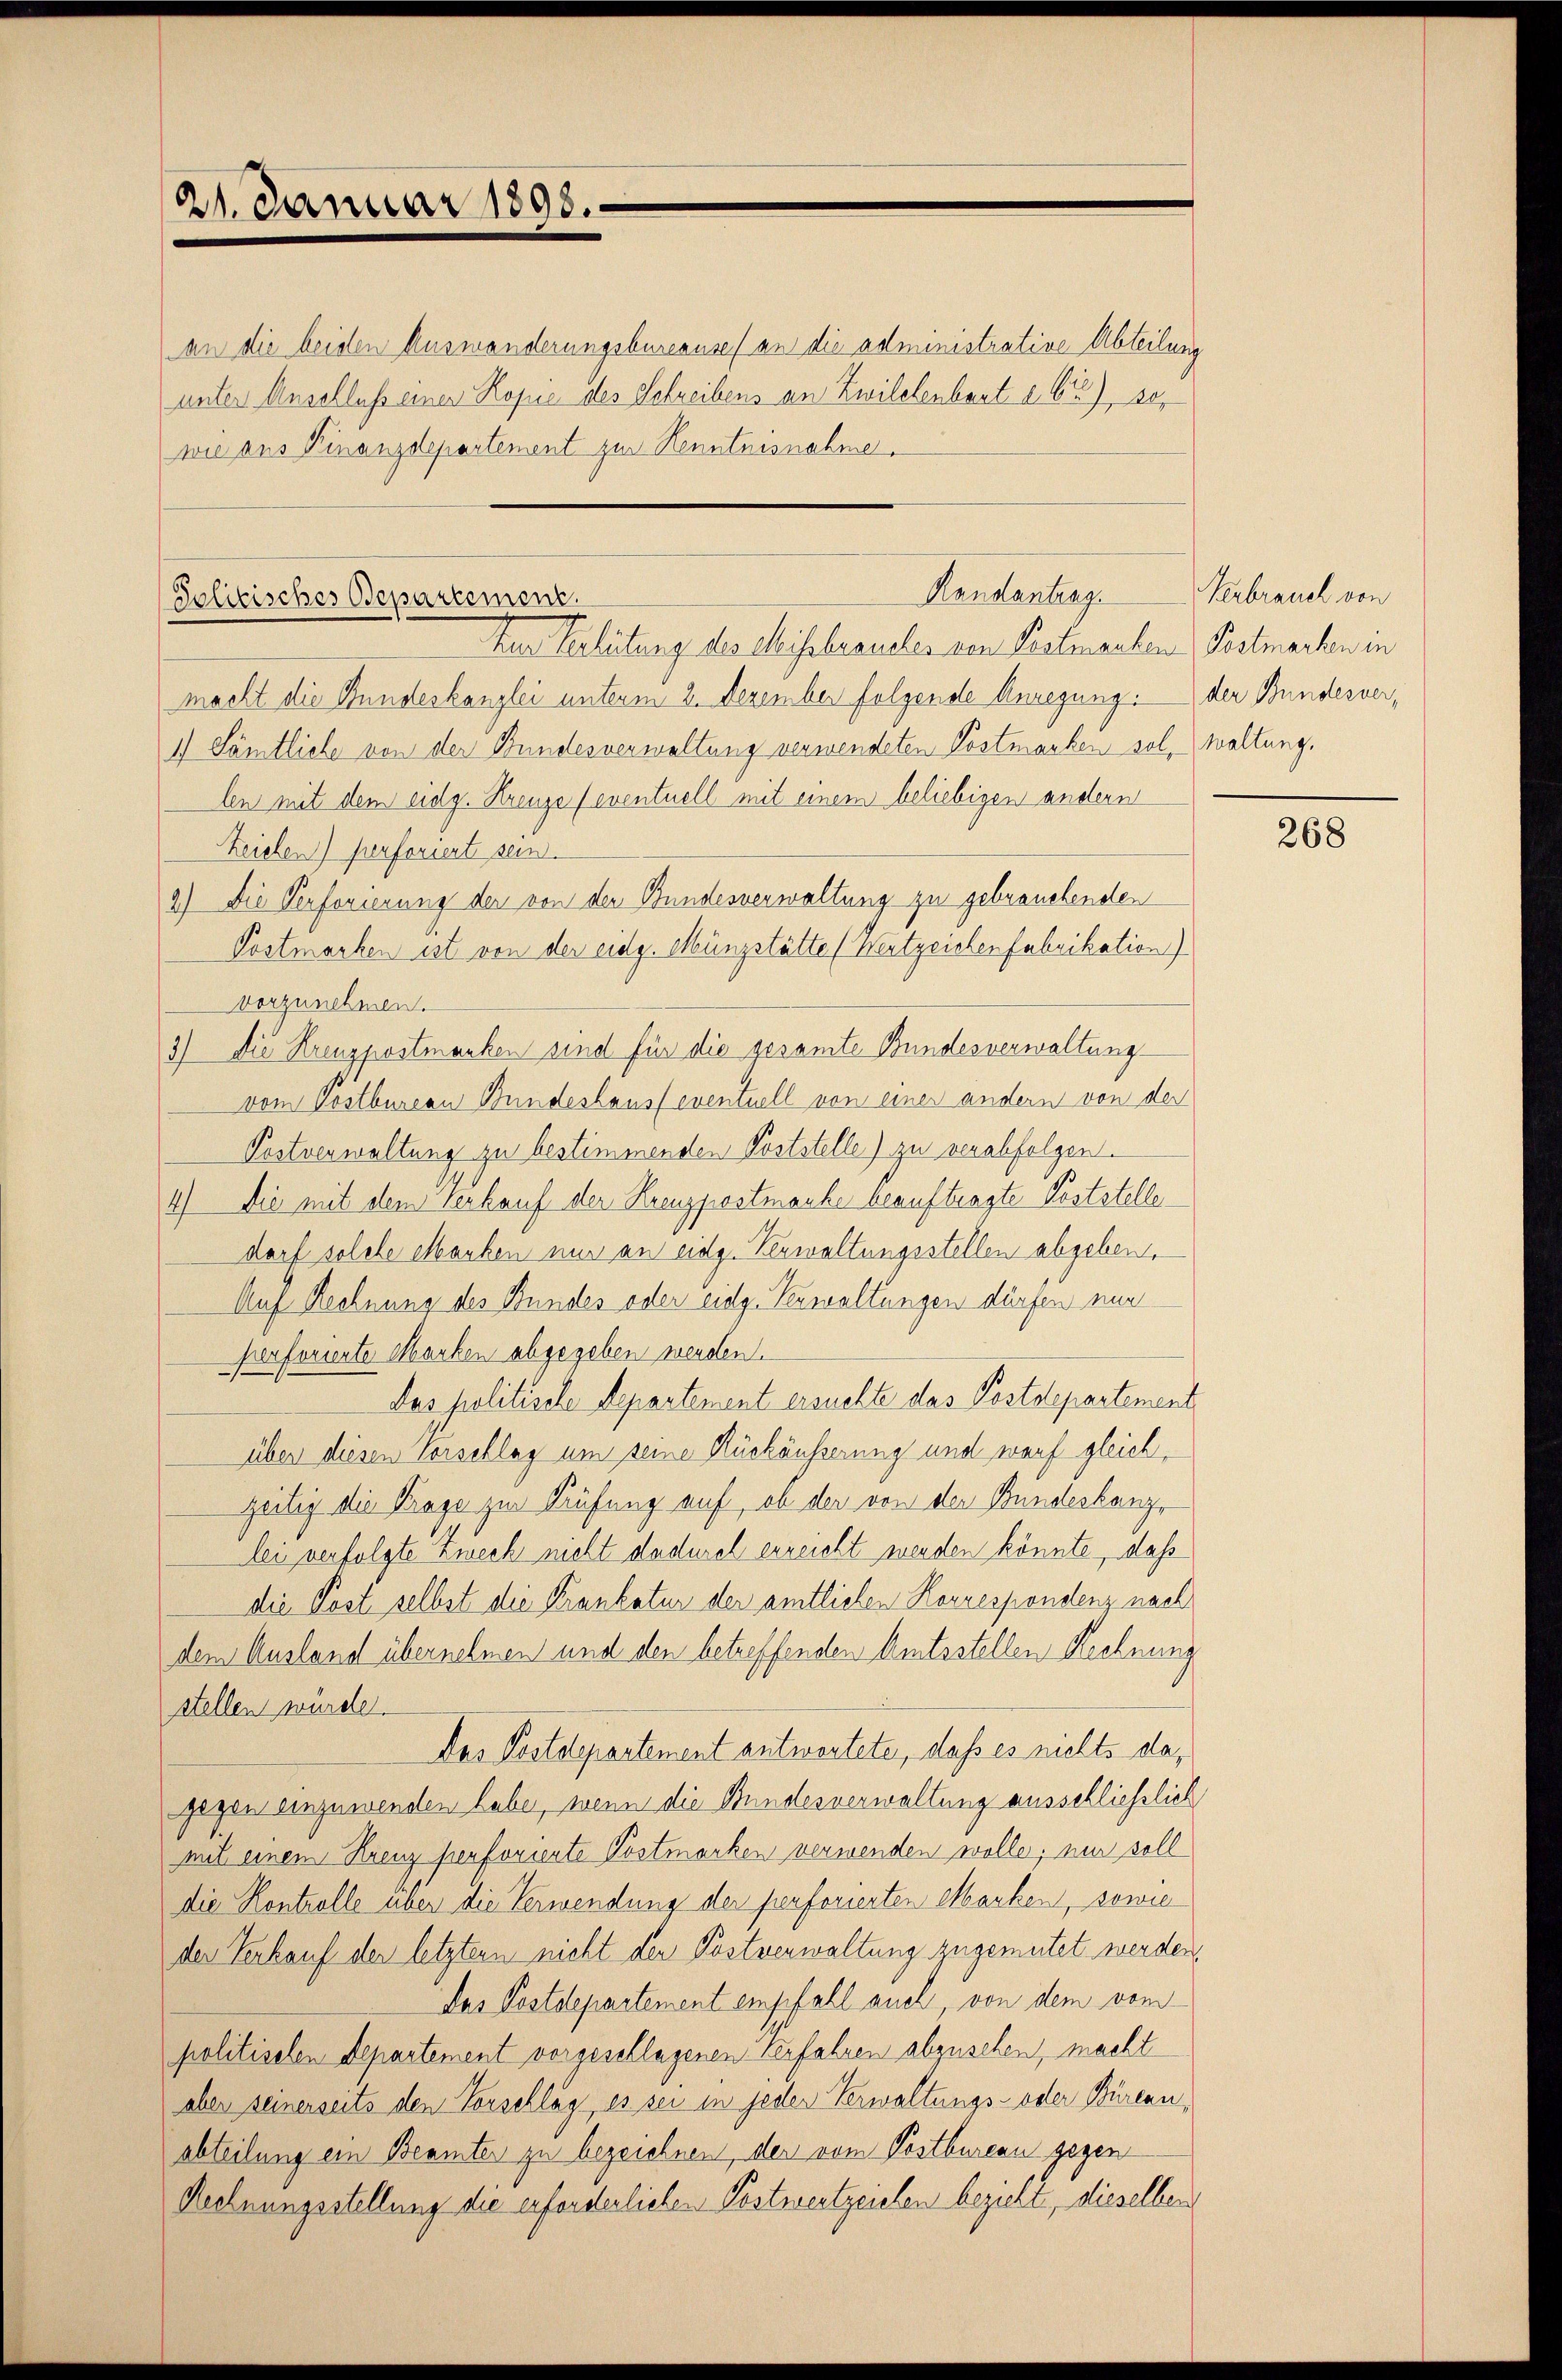
21. Januar 1890.

an die beiden Ausmanderungsbureauses an die administrative Abteilung
unter Anschluß einer Kopie des Schreibens an Zwilelenbart a. 6), 30.
wie aus Finanzdepartement zur Kenntnisnahme.

Randantrag.
Politisches Departement.
kur Verhütung des Meisebraucher von Pentmachen Postmarten in

macht die Bundeskanzlei unterm 2. Dezember folgende Anregung der Bundesver¬
1.) Sämtliche von der Bundesverwaltung verwendeten Postmarken sol, waltung,
len mit dem eidg. Krenze (eventuell mit einem beliebigen andern
Zeichen) perforiert sein.
2) Die Verforierung der von der Bundesverwaltung zu gebrauchenden
Postmarken ist von der eidg. Münzstätte (Wertzeichenfabrikation)
vorzunehmen.
3) Die Kreuzpostmanken sind für die gesamte Bundesverwaltung
vom Postbureau Bundeshaus eventuell von einer andern von der
Postverwaltung zu bestimmenden Poststelle) zu verabfolgen.
4) Die mit dem Verkauf der Kreuzpostmanke beauftragte Poststelle
darf solche erbanken nur an eidg. Verwaltungsstellen abgeben,
Auf Rechnung des Bundes oder eidg. Verwaltungen dürfen nur
serforiente Marken abgegeben werden.
Das politische Departement ersuchte das Postdepartement
über diesen Vorschlag um seine Rückäußerung und warf gleich,
zeitig die Prage zur Prüfung auf, ob der von der Bundeskanz
lei verfolgte Zweck nicht dadurch erreicht werden könnte, daß
die Post selbst die Krankatur der amtlichen Korrespondenz nach
dem Ausland übernehmen und den betreffenden Amtsstellen Rechnung
stellen würde.
Das Postdepartement antwortete, dass es nichts dagegen einzuwenden habe, wenn die Bundesverwaltung ausschließlich
mit einem Krenz perforierte Postmarken verwenden wolle; um soll
die Kontrolle über die Verwendung der penforierten Marken, sowie
der Verkauf der letztern nicht der Postverwaltung zugemutet werden,
Das Postdepartement empfahl auch von dem vom
politischen Departement vorgeschlagenen Verfahren abzusehen, macht
aber seinerseits den Vorschlag, es sei in jeder Verwaltungs- oder Büreau,
abteilung ein Beamter zu bezeichnen, der vom Postbureau gegen
Rechnungsstellung die erforderlichen Postwertzeichen bezieht, dieselben

Verbrauch von

268